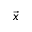
\vec { x }